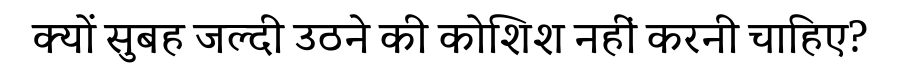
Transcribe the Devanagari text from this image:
क्यों सुबह जल्दी उठने की कोशिश नहीं करनी चाहिए?